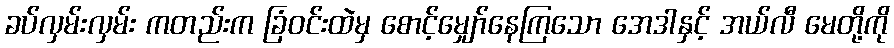
ခပ်လှမ်းလှမ်း ကတည်းက ခြံဝင်းထဲမှ စောင့်မျှော်နေကြသော အေဒါနှင့် အယ်လီ မေတို့ကို